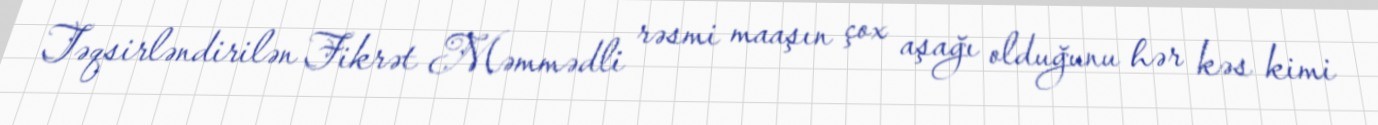
Təqsirləndirilən Fikrət Məmmədli rəsmi maaşın çox aşağı olduğunu hər kəs kimi